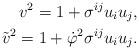
LaTeX: \begin{align*}v^2 = 1 + \sigma^{ij} u_i u_j,\\\tilde{v}^2 = 1 + \dot{\varphi}^2 \sigma^{ij} u_i u_j.\end{align*}